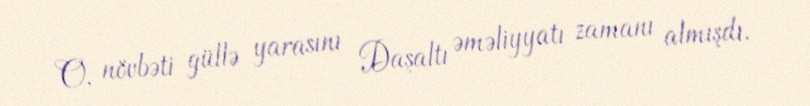
O, növbəti güllə yarasını Daşaltı əməliyyatı zamanı almışdı.